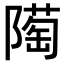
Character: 𨼞